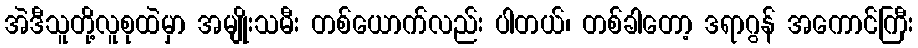
အဲဒီသူတို့လူစုထဲမှာ အမျိုးသမီး တစ်ယောက်လည်း ပါတယ်၊ တစ်ခါတော့ ဒရာဂွန် အကောင်ကြီး